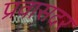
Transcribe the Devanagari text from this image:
प्रवासदर